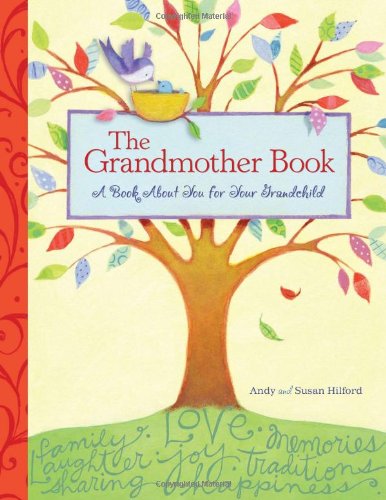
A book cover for The Grandmother Book: A Book About You for Your Grandchild; Andy Hilford; Parenting & Relationships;